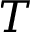
T